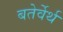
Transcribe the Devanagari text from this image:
बतेर्वेर्थ